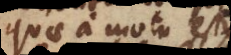
quae a motu est;